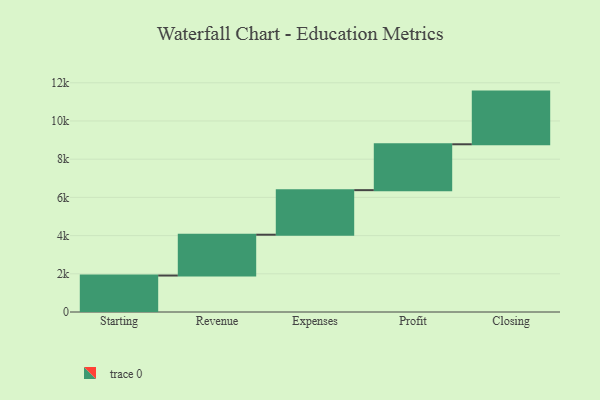
{"axis": {"x": "Step", "y": "Value"}, "legend": [""], "data": [{"x": "Starting", "y": 1909.0, "type": ""}, {"x": "Revenue", "y": 2137.0, "type": ""}, {"x": "Expenses", "y": 2333.0, "type": ""}, {"x": "Profit", "y": 2401.0, "type": ""}, {"x": "Closing", "y": 2758.0, "type": ""}]}